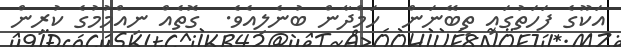
އަކޫގެ ފަހަތުގައި ތިބޭނަން  ހަމްދާން ބުނެލިއެވެ.  ގޮތެއް ނިއްމުމުގެ ކުރިން